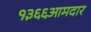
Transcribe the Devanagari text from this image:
१३६६आमदार